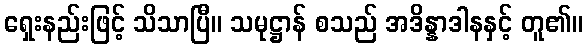
ရှေးနည်းဖြင့် သိသာပြီ။ သမုဋ္ဌာန် စသည် အဒိန္နာဒါနနှင့် တူ၏။